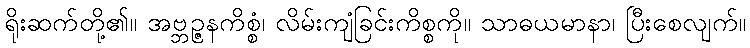
ရိုးဆက်တို့၏။ အဗ္ဘဉ္ဇနကိစ္စံ၊ လိမ်းကျံခြင်းကိစ္စကို။ သာဓယမာနာ၊ ပြီးစေလျက်။